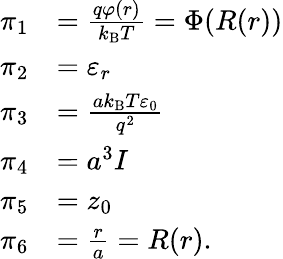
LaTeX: {\begin{array}{rl}{\pi_{1}}&{={\frac{q\varphi(r)}{k_{\mathrm{B}}T}}=\Phi(R(r))}\\ {\pi_{2}}&{=\varepsilon_{r}}\\ {\pi_{3}}&{={\frac{ak_{\mathrm{B}}T\varepsilon_{0}}{q^{2}}}}\\ {\pi_{4}}&{=a^{3}I}\\ {\pi_{5}}&{=z_{0}}\\ {\pi_{6}}&{={\frac{r}{a}}=R(r).}\end{array}}